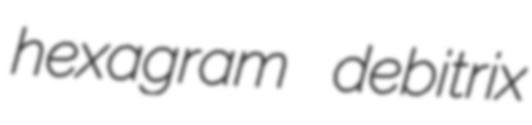
hexagram debitrix